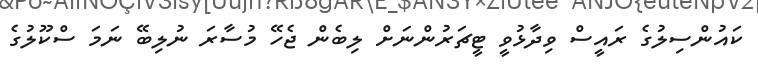
ކައުންސިލުގެ ރައީސް ވިދާޅުވީ ޓީޗަރުންނަށް ލިބެން ޖެހޭ މުސާރަ ނުލިބޭ ނަމަ ސްކޫލުގެ